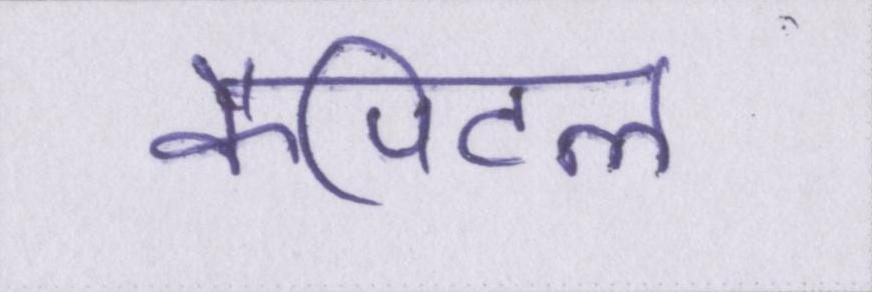
कैपिटल